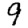
Digit: 9